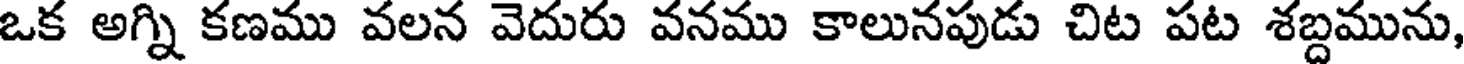
ఒక అగ్ని కణము వలన వెదురు వనము కాలునపుడు చిట పట శబ్దమును,